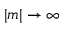
| m | \rightarrow \infty